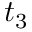
t _ { 3 }